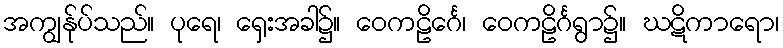
အကျွန်ုပ်သည်။ ပုရေ၊ ရှေးအခါ၌။ ဝေကဠိင်္ဂေ၊ ဝေကဠိင်္ဂရွာ၌။ ဃဋိကာရော၊